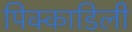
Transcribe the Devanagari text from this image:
पिक्काडिली